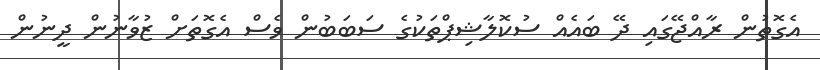
އެގޮތުން ރާއްޖޭގައި ދޭ ބައެއް ސުކޮލާޝިޕްތަކުގެ ސަބަބުން ވެސް އެގޮތަށް ޒުވާނުން ދީނުން